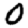
Digit: 0